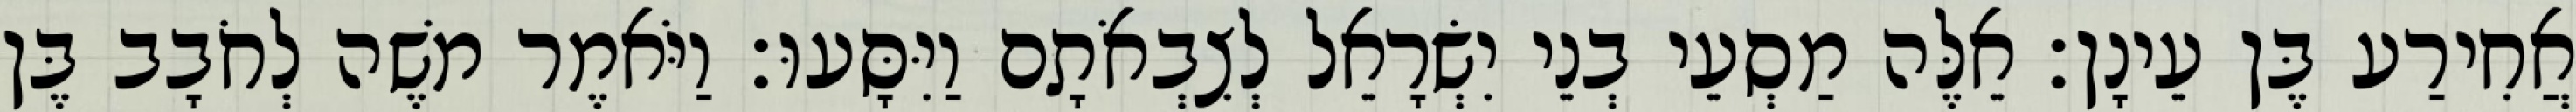
אֲחִירַע בֶּן עֵינָן׃ אֵלֶּה מַסְעֵי בְנֵי יִשְׂרָאֵל לְצִבְאֹתָם וַיִּסָּעוּ׃ וַיֹּאמֶר משֶׁה לְחֹבָב בֶּן